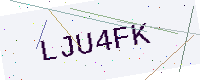
Text: LJU4FK